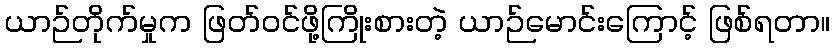
ယာဉ်တိုက်မှုက ဖြတ်ဝင်ဖို့ကြိုးစားတဲ့ ယာဉ်မောင်းကြောင့် ဖြစ်ရတာ။